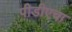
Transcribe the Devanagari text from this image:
पीडीएचा